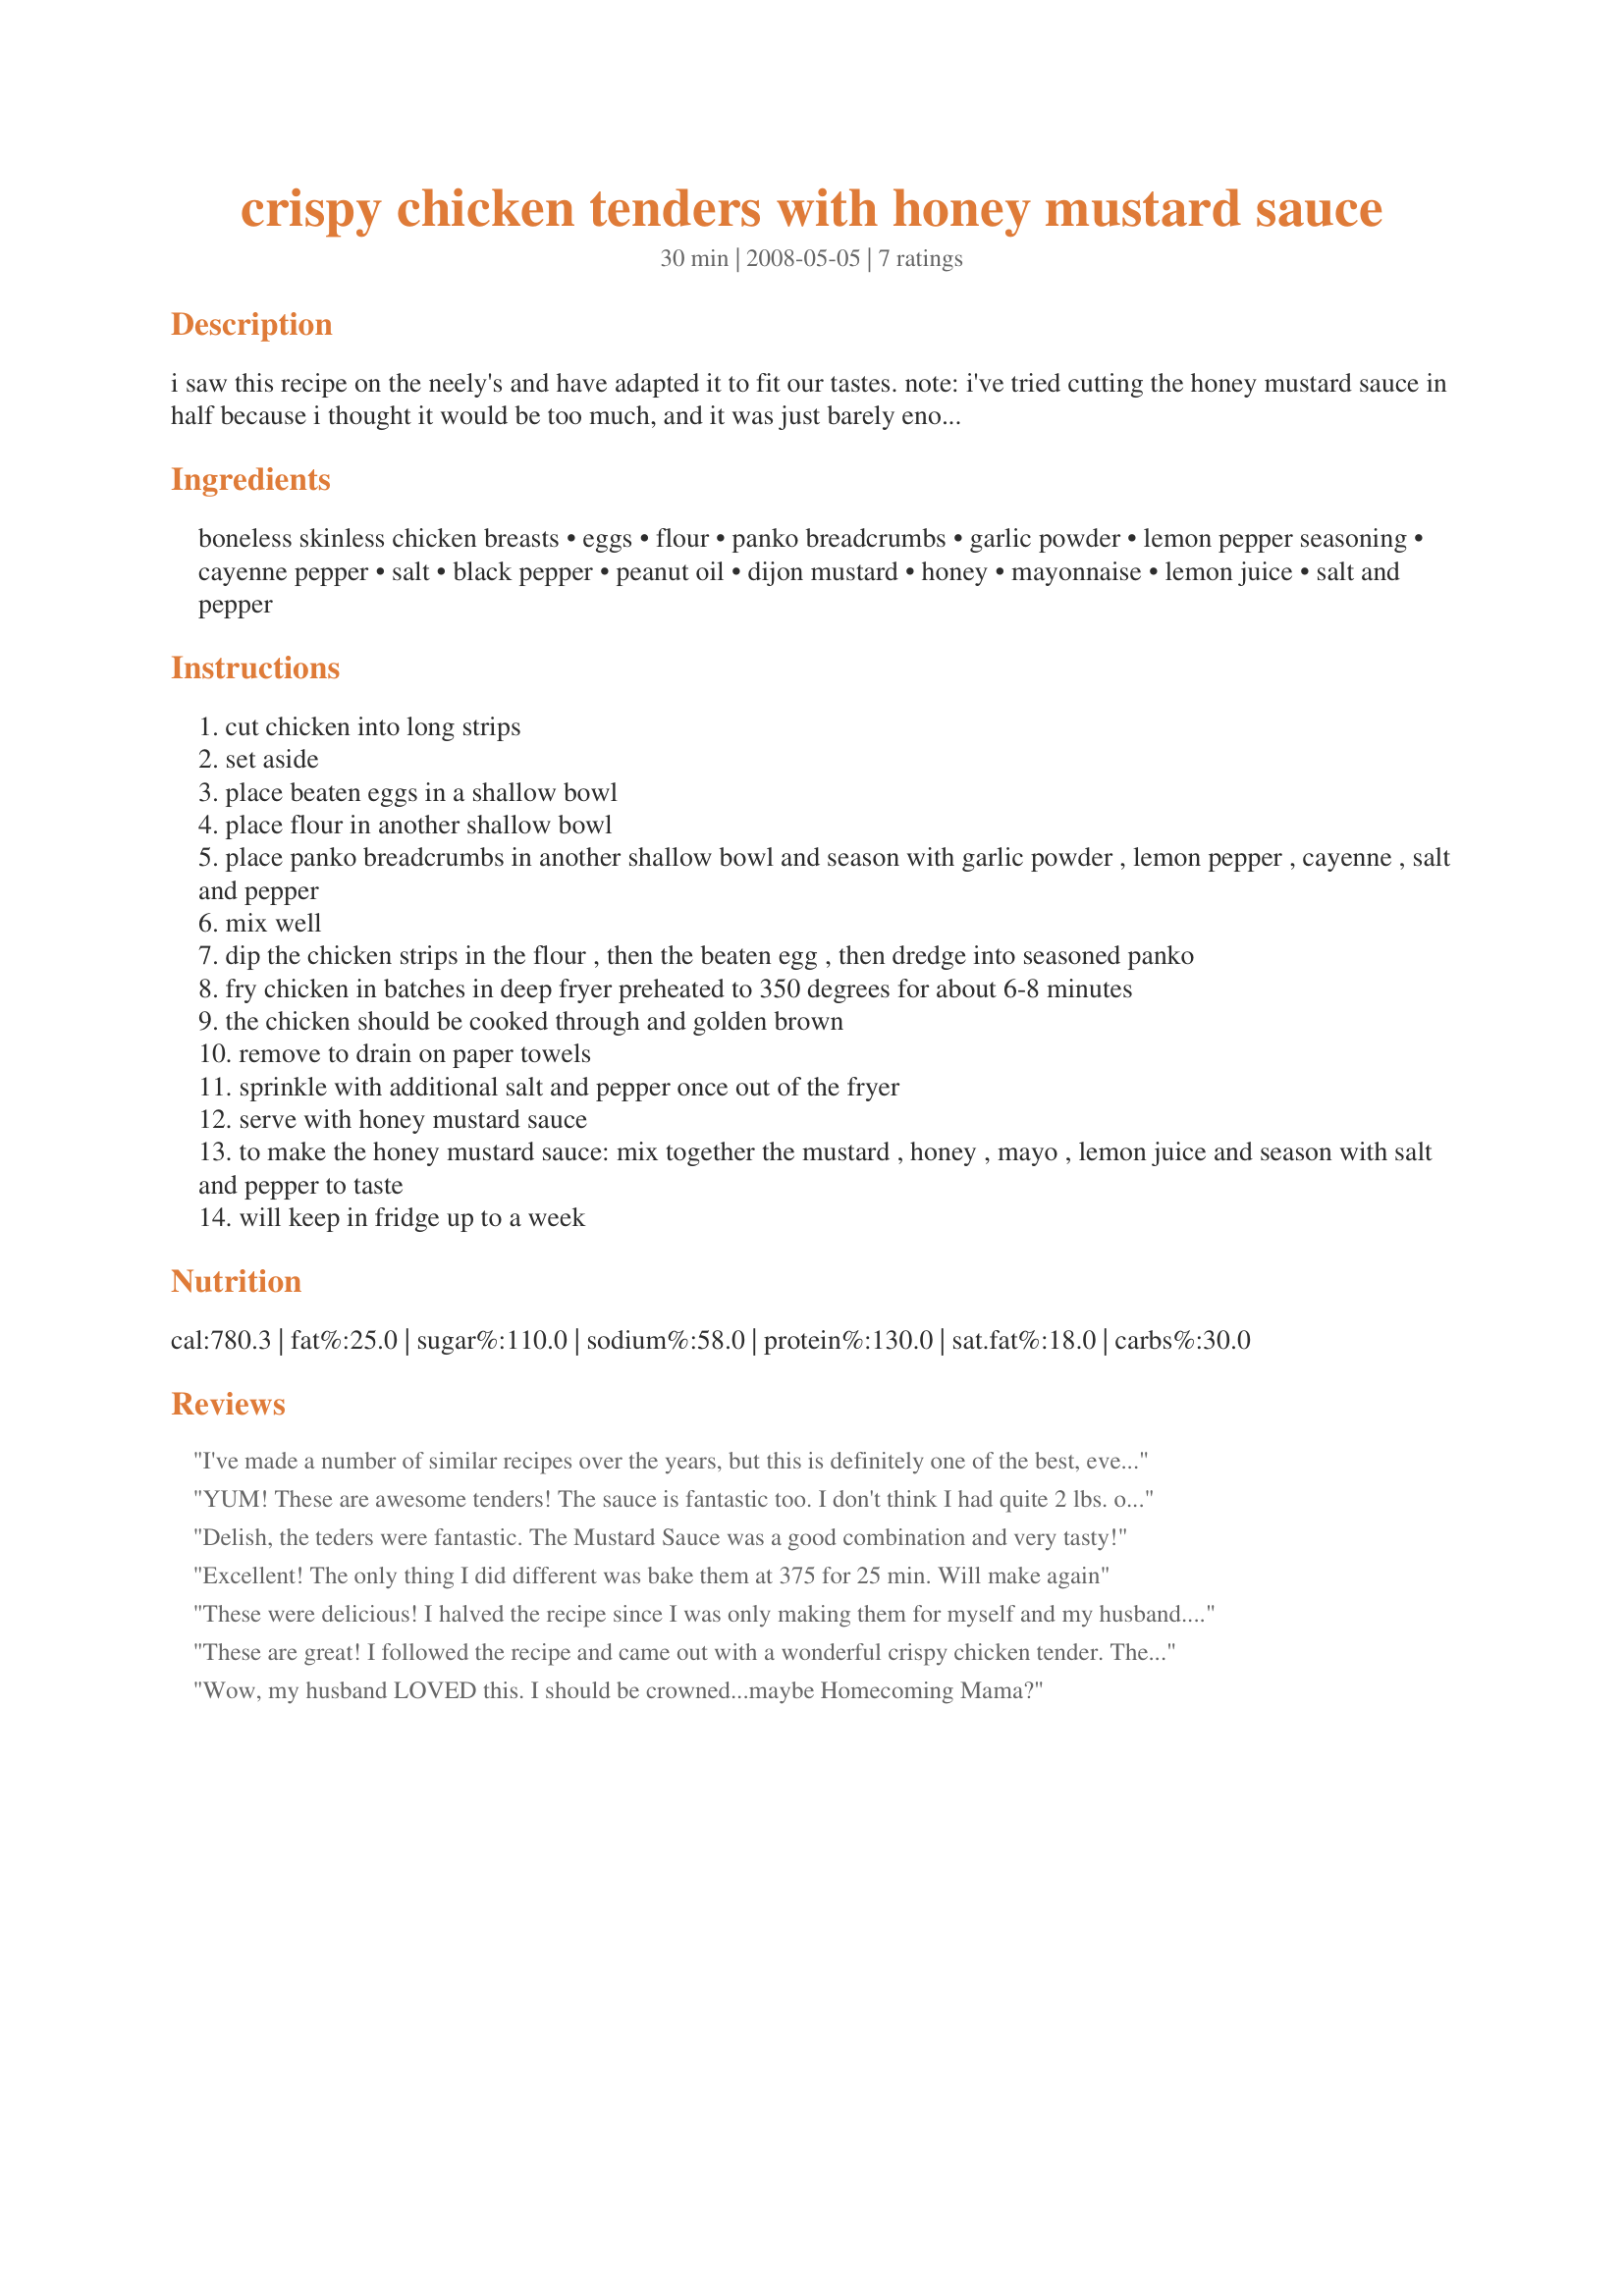
crispy chicken tenders with honey mustard sauce
Preparation time: 30 minutes

i saw this recipe on the neely's and have adapted it to fit our tastes. note: i've tried cutting the honey mustard sauce in half because i thought it would be too much, and it was just barely enough. i would recommend making the full amount because it will keep in the fridge for a week. enjoy!!

Ingredients:
boneless skinless chicken breasts, eggs, flour, panko breadcrumbs, garlic powder, lemon pepper seasoning, cayenne pepper, salt, black pepper, peanut oil, dijon mustard, honey, mayonnaise, lemon juice, salt and pepper

Steps:
cut chicken into long strips
set aside
place beaten eggs in a shallow bowl
place flour in another shallow bowl
place panko breadcrumbs in another shallow bowl and season with garlic powder , lemon pepper , cayenne , salt and pepper
mix well
dip the chicken strips in the flour , then the beaten egg , then dredge into seasoned panko
fry chicken in batches in deep fryer preheated to 350 degrees for about 6-8 minutes
the chicken should be cooked through and golden brown
remove to drain on paper towels
sprinkle with additional salt and pepper once out of the fryer
serve with honey mustard sauce
to make the honey mustard sauce: mix together the mustard , honey , mayo , lemon juice and season with salt and pepper to taste
will keep in fridge up to a week

Reviews:
I've made a number of similar recipes over the years, but this is definitely one of the best, even if I did made a couple of minor changes ~ Instead of the panko I crushed some Milton's Original Multi-Grain Crackers & I eliminated the salt & pepper, while increasing the lemon pepper just slightly! Made the whole batch for just the 2 of us, & what left-overs we had were quickly devoured as snacks before our next meal! A wonderful winner of a recipe ~ Thanks for sharing it! [Made & reviewed in Zaar Stars tag]
YUM! These are awesome tenders! The sauce is fantastic too. I don't think I had quite 2 lbs. of chicken and it was just enough sauce, I'm glad I did make the whole batch. I will be making these again and again!
Delish, the teders were fantastic. The Mustard Sauce was a good combination and very tasty!
Excellent! The only thing I did different was bake them at 375 for 25 min. Will make again
These were delicious! I halved the recipe since I was only making them for myself and my husband. Also, I used crushed saltine cracker crumbs instead of the panko. I did not make the Honey Mustard Sauce because I thought they were delicious without any sauce. The breading is so good! Thank you so much for posting, I will definitely make these again!
These are great! I followed the recipe and came out with a wonderful crispy chicken tender. They are much better than chicken tenders from a restaurant. Thank you for posting.
Wow, my husband LOVED this. I should be crowned...maybe Homecoming Mama?
